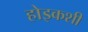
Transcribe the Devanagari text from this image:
होइकशी